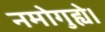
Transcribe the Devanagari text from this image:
नमोगुह्ये।